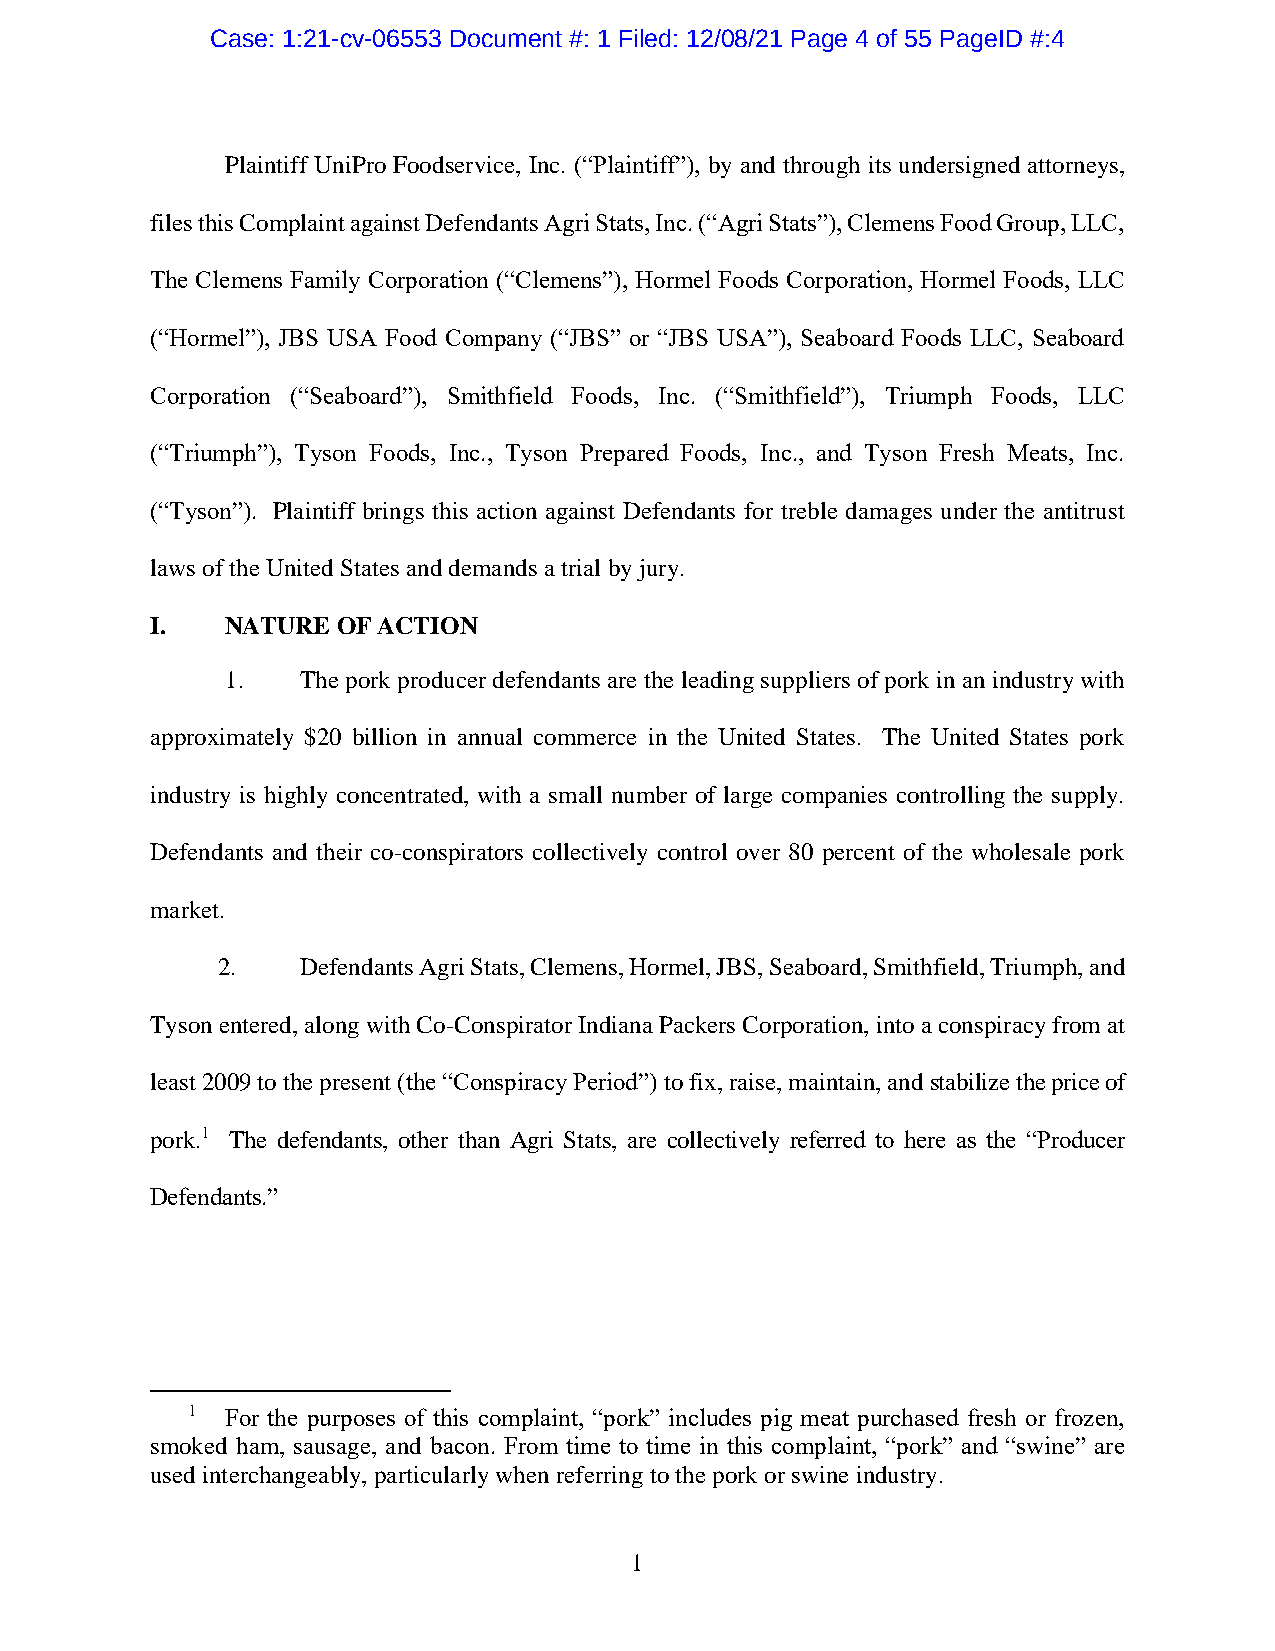
Case: 1:21-cv-06553 Document #: 1 Filed: 12/08/21 Page 4 of 55 PageID #:4
 Plaintiff UniPro Foodservice, Inc. (“Plaintiff”), by and through its undersigned attorneys,
 files this Complaint against Defendants Agri Stats, Inc. (“Agri Stats”), Clemens Food Group, LLC,
 The Clemens Family Corporation (“Clemens”), Hormel Foods Corporation, Hormel Foods, LLC
 (“Hormel”), JBS USA Food Company (“JBS” or “JBS USA”), Seaboard Foods LLC, Seaboard
 Corporation (“Seaboard”), Smithfield Foods, Inc. (“Smithfield”), Triumph Foods, LLC
 (“Triumph”), Tyson Foods, Inc., Tyson Prepared Foods, Inc., and Tyson Fresh Meats, Inc.
 (“Tyson”). Plaintiff brings this action against Defendants for treble damages under the antitrust
 laws of the United States and demands a trial by jury.
 I.   NATURE OF ACTION
 1.   The pork producer defendants are the leading suppliers of pork in an industry with
 approximately $20 billion in annual commerce in the United States. The United States pork
 industry is highly concentrated, with a small number of large companies controlling the supply.
 Defendants and their co-conspirators collectively control over 80 percent of the wholesale pork
 market.
 2.    Defendants Agri Stats, Clemens, Hormel, JBS, Seaboard, Smithfield, Triumph, and
 Tyson entered, along with Co-Conspirator Indiana Packers Corporation, into a conspiracy from at
 least 2009 to the present (the “Conspiracy Period”) to fix, raise, maintain, and stabilize the price of
 pork.1 The defendants, other than Agri Stats, are collectively referred to here as the “Producer
 Defendants.”
 1  For the purposes of this complaint, “pork” includes pig meat purchased fresh or frozen,
 smoked ham, sausage, and bacon. From time to time in this complaint, “pork” and “swine” are
 used interchangeably, particularly when referring to the pork or swine industry.
 1